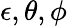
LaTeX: \epsilon,\theta,\phi